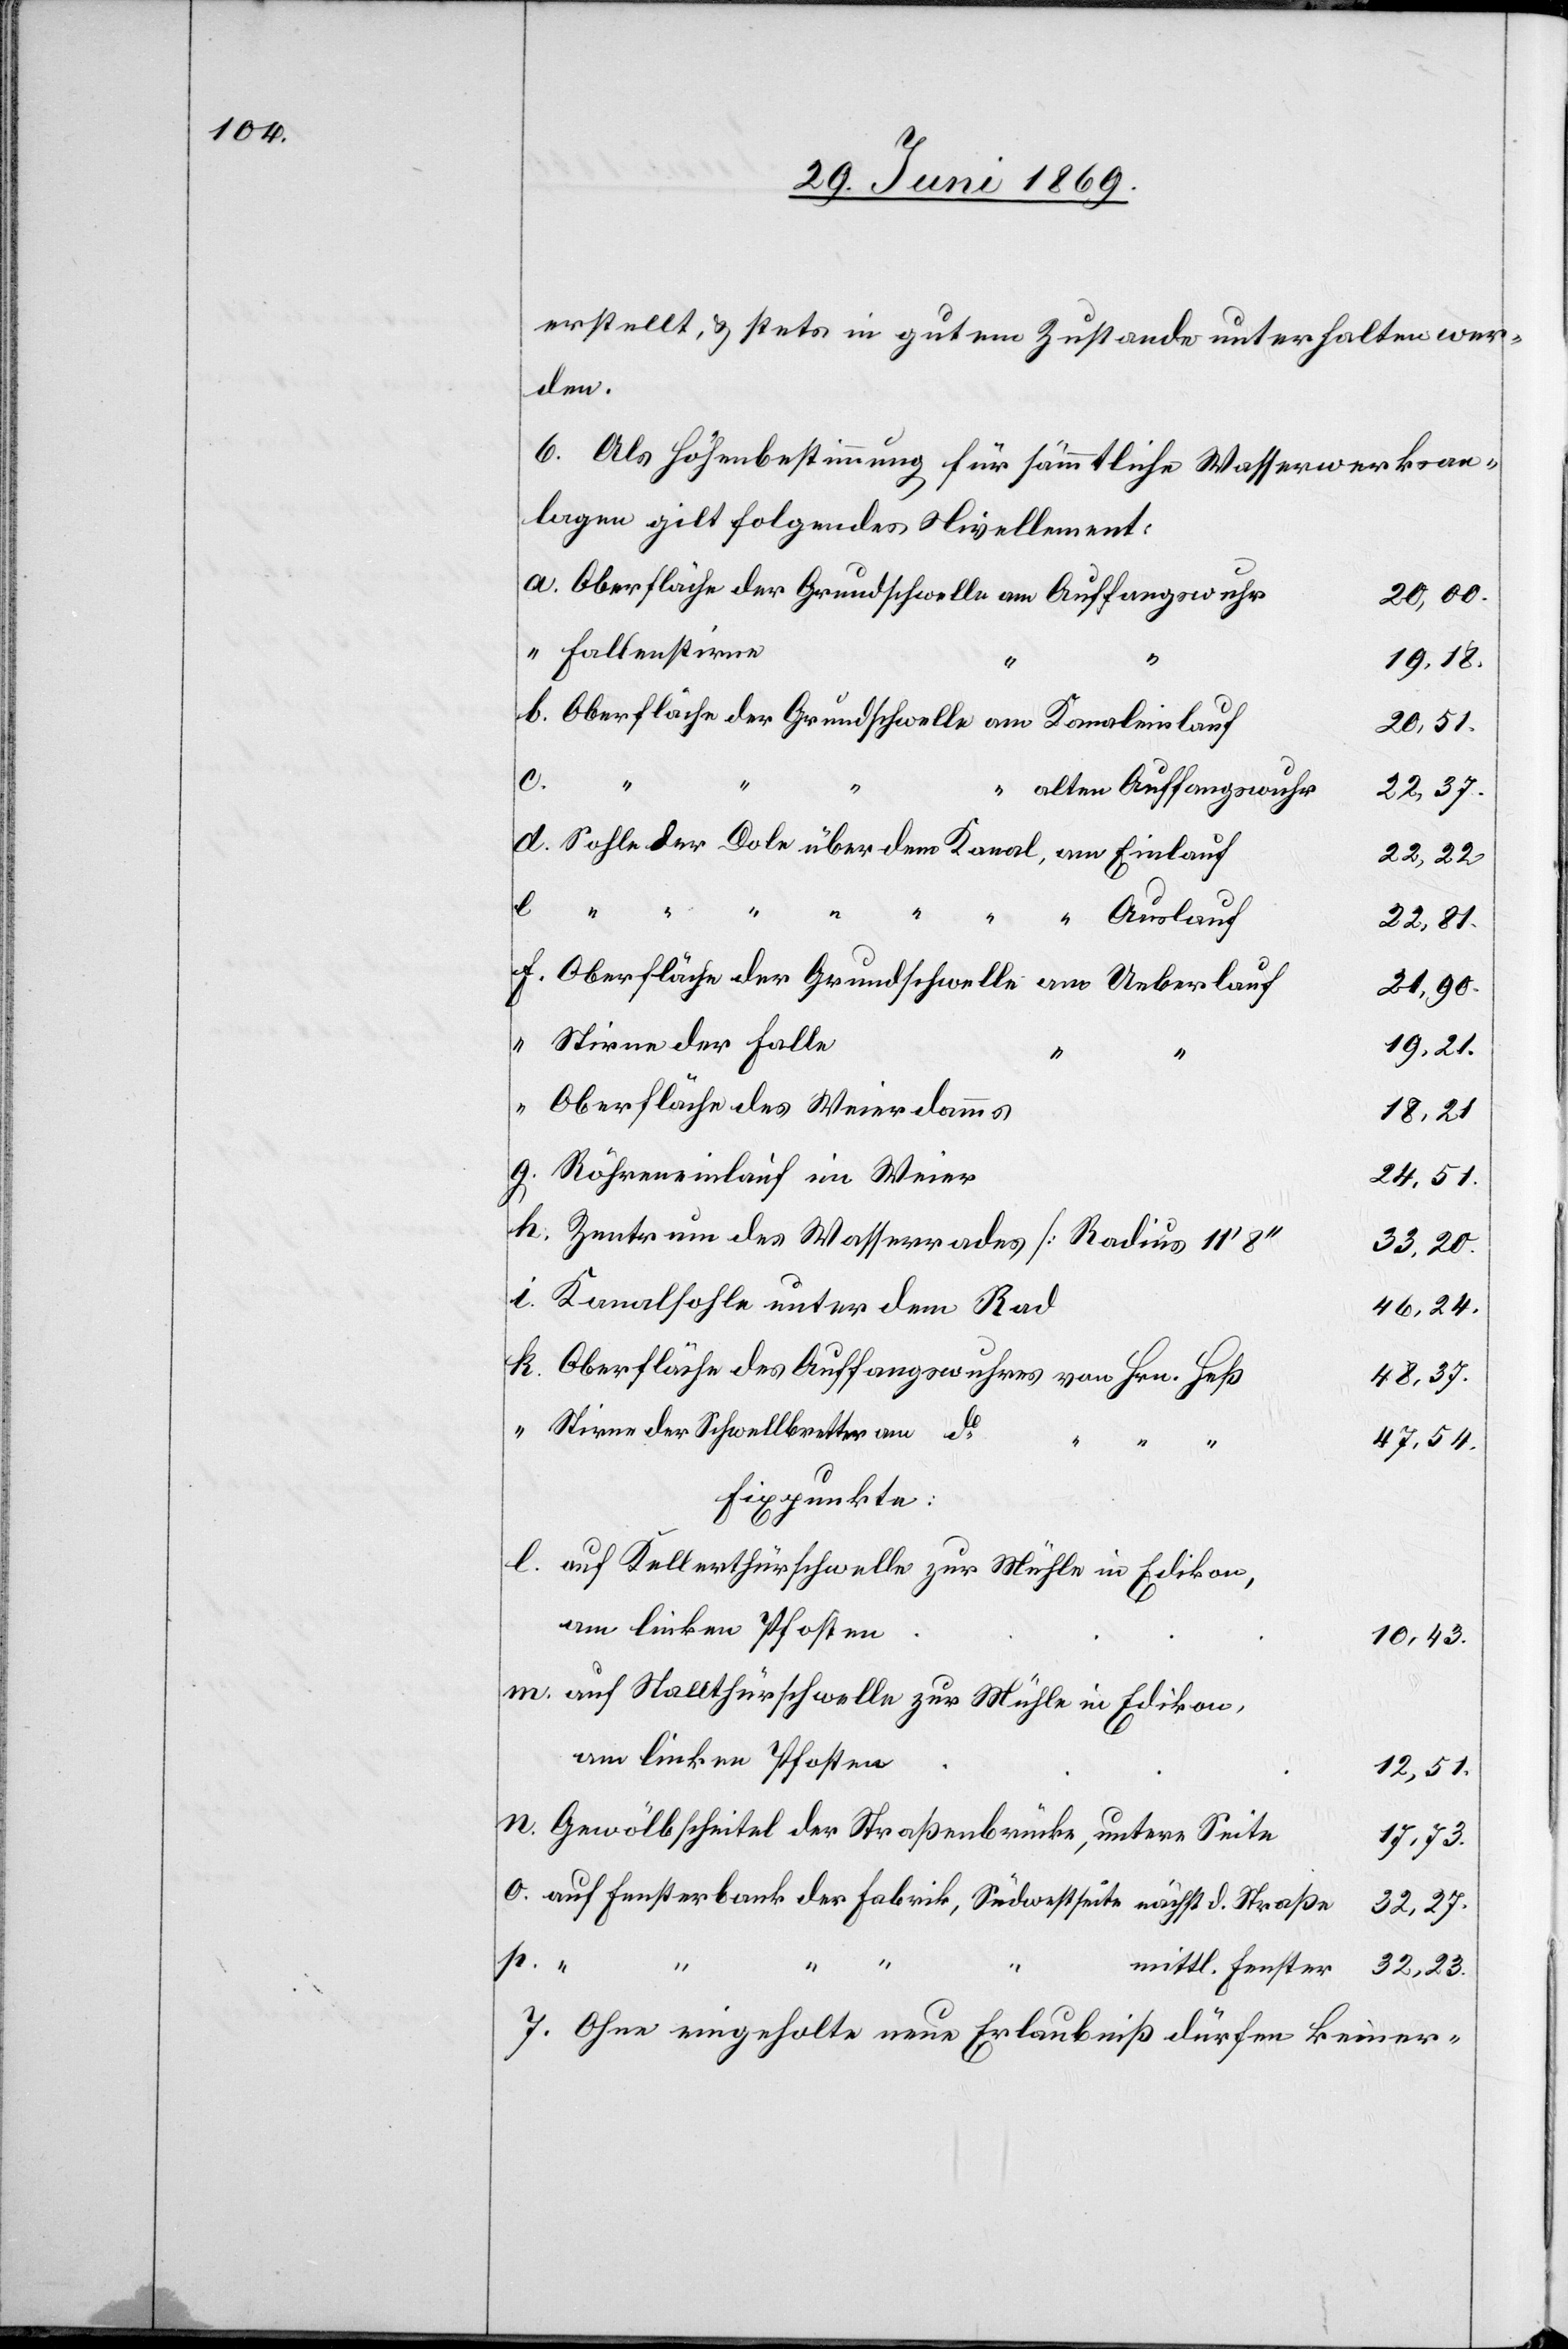
erstellt, u. stetsin gutem Zustande unterhalten wer¬
den.
6. Als Höhenbestimmung für sämmtliche Wasserwerksan¬
lagen gilt folgendes Nivellement:
Oberfläche der Grundschwelle am Auffangswuhr
20,00
Faltenstirne
19,18
Oberfläche der Grundschwelle am Kanaleinlauf
20,51
l.
alten Auffangswuhr
32,27
Sohle der Dole über dem Kanal, am Einlauf
22,22
Auslauf
22,81
Oberfläche der Grundschwelle
am Ueberlauf
21,90
Stirne der Falle
19,21
Oberfläche des Weierdamms
18,21
Röhreneinlauf im Weier
24,51
Zentrum des Waserrades [Radius 11’ 8“]
32,23
Kanalsohle unter dem Rad
46,24
Oberfläche des Auffangswuhres von Hrn. Heß
48,37
Stirne der Schwellbretter dt.
47,54
Fixpunkte:
auf Kellerthürschwelle zur Mühle in Edikon,
am linken Pfosten
10,43
auf Stallthürschwelle zur Mühle in Edikon,
am linken Pfosten
12,51
Gewölbscheitel der Straßenbrücke, untere Seite
mittl.
auf Fensterbank der Fabrik, Südwestseite nächst. d. Straße
p.
“
7. Ohne eingeholte neue Erlaubniß dürfen keiner-